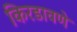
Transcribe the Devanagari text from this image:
किरडावणे